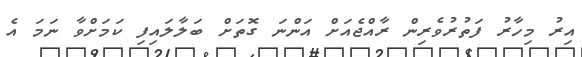
އިރު މިހާރު ފަތުރުވެރިން ރާއްޖެއަށް އަންނަ ގޮތަށް ބަލާލައިފި ކަމަށްވާ ނަމަ އެ